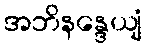
အဘိနန္ဒေယျံ